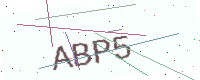
Text: ABP5